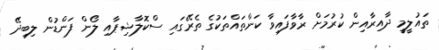
ތައުލީމީ ދާއިރާއިން ކުރުމަށް ރާވާފައިވާ ކަންތައްތަކުގެ ތެރޭގައި ސްކޮލާޝިޕާއި ލޯން ފަންޑުން ލިބިދޭ